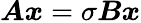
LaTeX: \boldsymbol{A}\boldsymbol{x}=\sigma\boldsymbol{B}\boldsymbol{x}